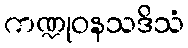
ကဏ္ဍုဝနသဒိသံ